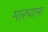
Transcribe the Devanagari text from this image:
मारुयामा